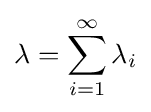
\lambda =\sum _{i=1}^{\infty }\lambda _{i}